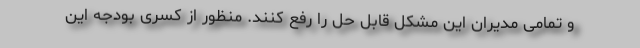
و تمامی مدیران این مشکل قابل حل را رفع کنند. منظور از کسری بودجه این